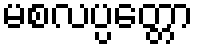
မစလပ္ပတ္တော